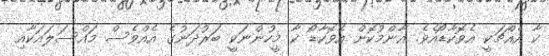
ކާ އެއްޗަކީ އެވޮކާޑޯއެވެ. އާންމުކޮށް އެވޮކާޑޯ ކާ މީހުންނަކީ ބަރުދަނުގެ އެއްވެސް މައްސަލައަކާއި